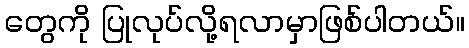
တွေကို ပြုလုပ်လို့ရလာမှာဖြစ်ပါတယ်။